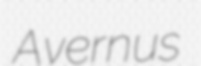
Avernus